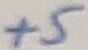
Text: +5